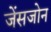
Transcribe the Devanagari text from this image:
जेंसजोन